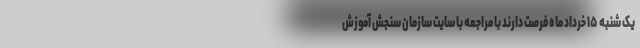
یک شنبه ۱۵ خرداد ماه فرصت دارند با مراجعه با سایت سازمان سنجش آموزش